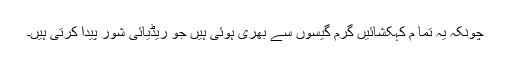
چونکہ یہ تما م کہکشائیں گرم گیسوں سے بھری ہوئی ہیں جو ریڈیائی شور پیدا کرتی ہیں۔